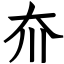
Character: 夼